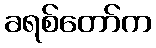
ခရစ်တော်က